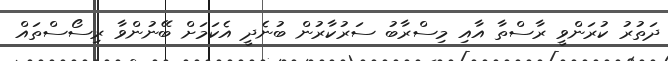
ދަތުރު ކުރަންވީ ރާސްތާ އާއި މިސްރާބު ސަރުކާރުން ބުނެދީ އެކަމަށް ބޭނުންވާ ރިސޯސްތައް